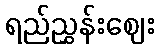
ရည်ညွှန်းဈေး